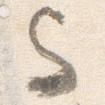
与